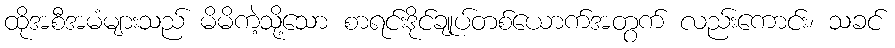
ထိုအစီအမံများသည် မိမိကဲ့သို့သော စာရင်းဒိုင်ချုပ်တစ်ယောက်အတွက် လည်းကောင်း၊ သခင်